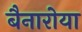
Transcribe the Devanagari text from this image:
बैनारोया